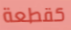
كقطعة